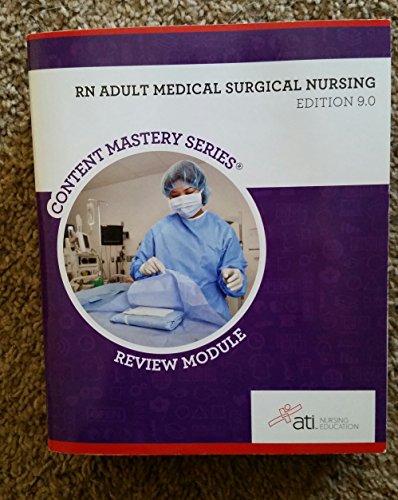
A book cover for RN Adult Medical Surgical Nursing Edition 9. 0; PAMELA ROLAND; Medical Books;